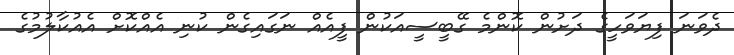
ދެވަނަ ފިޔަވަހީގެ ދަށުން ކޮންމެ ގޭބީސީއަކުން ފީއެއް ނަގައިގެން ކުނި އެއްކޮށް އެއުކާލުމުގެ